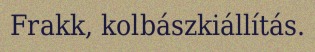
Frakk, kolbászkiállítás.